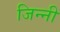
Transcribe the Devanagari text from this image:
जिन्नी